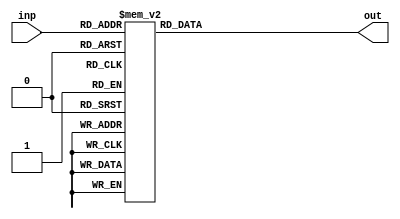
// hex value to seven segment decoder
// dp is ignored here, in this code
// a(b[0]),b(b[1]),c(b[2]),d(b[3]),e(b[4]),f(b[5]),g(b[6])
module seg_disp(inp, out);
	input[3:0] inp;
	output[6:0] out;
	reg[6:0] out;
	always @(*)
	begin

		case (inp)
			4'b0000 :      	//Hexadecimal 0
				out = 7'b0111111;
			4'b0001 :    		//Hexadecimal 1
				out = 7'b0000110  ;
			4'b0010 :  		// Hexadecimal 2
				out = 7'b1011011 ; 
			4'b0011 : 		// Hexadecimal 3
				out = 7'b1001111 ;
			4'b0100 :		// Hexadecimal 4
				out = 7'b1100110 ;
			4'b0101 :		// Hexadecimal 5
				out = 7'b1101101 ;  
			4'b0110 :		// Hexadecimal 6
				out = 7'b1011111 ;
			4'b0111 :		// Hexadecimal 7
				out = 7'b0000111;
			4'b1000 :     		 //Hexadecimal 8
				out = 7'b1111111;
			4'b1001 :    		//Hexadecimal 9
				out = 7'b1101111;
			4'b1010 :  		// Hexadecimal A
				out = 7'b1110111; 
			4'b1011 : 		// Hexadecimal B
				out = 7'b1111100;
			4'b1100 :		// Hexadecimal C
				out = 7'b0111001;
			4'b1101 :		// Hexadecimal D
				out = 7'b1011110;
			4'b1110 :		// Hexadecimal E
				out = 7'b1111001;
			4'b1111 :		// Hexadecimal F
				out = 7'b1110001;
	endcase
	end
endmodule


module testbench;

	wire[6:0] out;
	reg[3:0] inp;
	seg_disp sd(inp, out);

	initial begin

	$dumpfile("vcd/SevenSegment.vcd");
	$dumpvars(0,testbench);
	$display("input\t\toutput");
	$monitor("%b\t%b",inp,out);
		#10
		inp = 4'b0000;  
		#10
		inp = 4'b0001;
		#10
		inp = 4'b0010;
		#10
		inp = 4'b0011;
		#10
		inp = 4'b0100;
		#10
		inp = 4'b0101;
		#10
		inp = 4'b0110;
		#10
		inp = 4'b0111;
		#10
		inp = 4'b1000;
		#10
		inp = 4'b1001;
		#10
		inp = 4'b1010;
		#10
		inp = 4'b1011;
		#10
		inp = 4'b1100;
		#10
		inp = 4'b1101;
		#10
		inp = 4'b1110;
		#10
		inp = 4'b1111;

		$finish;
		end
endmodule